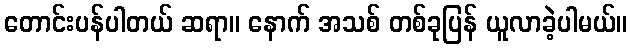
တောင်းပန်ပါတယ် ဆရာ။ နောက် အသစ် တစ်ခုပြန် ယူလာခဲ့ပါမယ်။